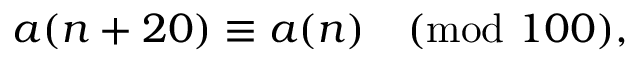
a ( n + 2 0 ) \equiv a ( n ) { \pmod { 1 0 0 } } ,